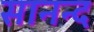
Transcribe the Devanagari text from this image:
सानन्‍द